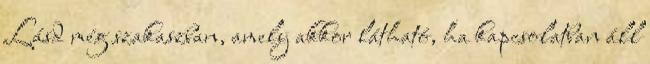
Lásd még szakaszban, amely akkor látható, ha kapcsolatban áll